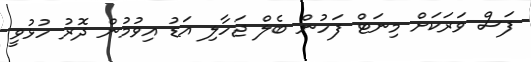
ފަސް ވަރަކަށް މިނަޓް ފަހުން ބެލް ޖަހާލި އަޑު އިވުމުން ދޮރު ހުޅުވީ